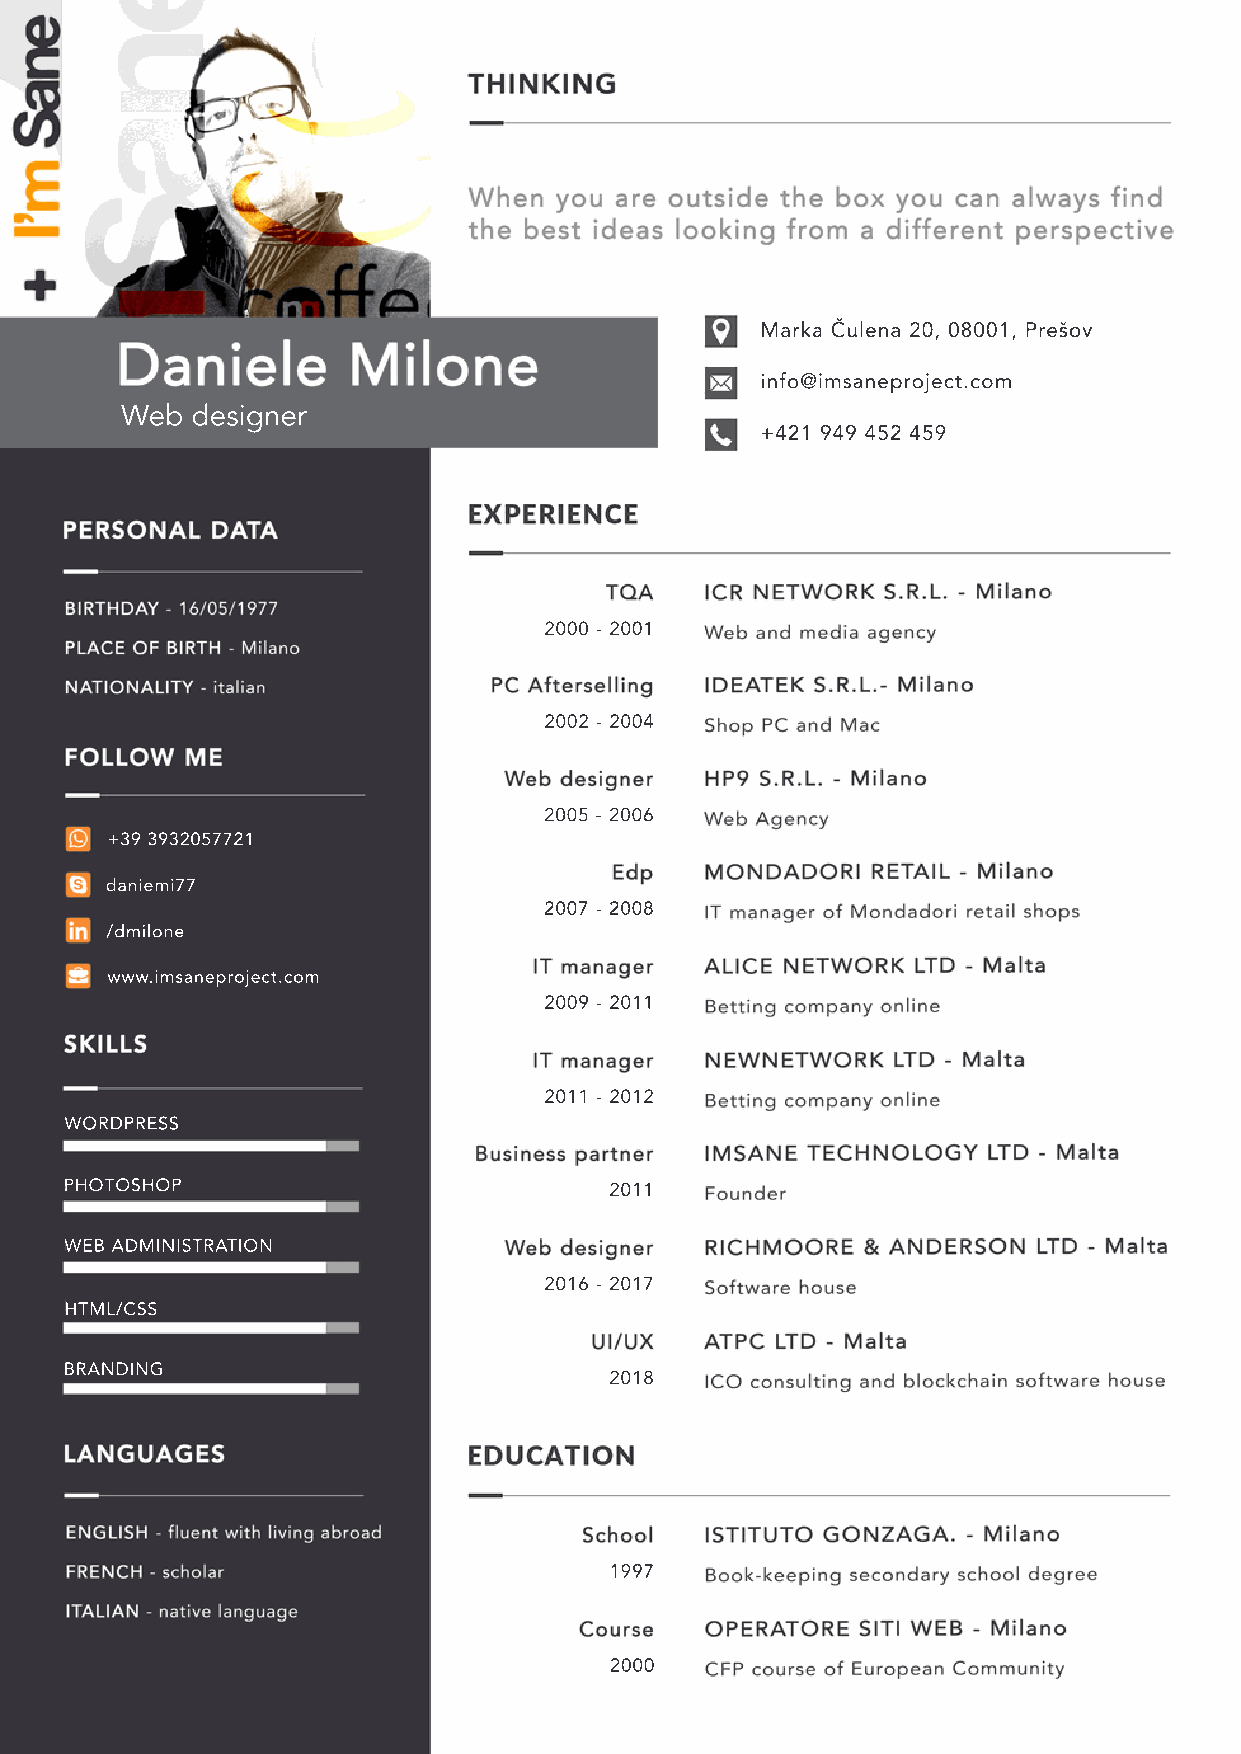
Marka Čulena 20, 08001, Prešov
 info@imsaneproject.com
 Web  designer
 +421 949 452 459
 2000 - 2001
 2002 - 2004
 2005 - 2006
 +39 3932057721
 daniemi77
 2007 - 2008
 /dmilone
 www.imsaneproject.com
 2009 - 2011
 2011 - 2012
 WORDPRESS
 PHOTOSHOP                           2011
 WEB ADMINISTRATION
 2016 - 2017
 HTML/CSS
 BRANDING
 2018
 1997
 2000